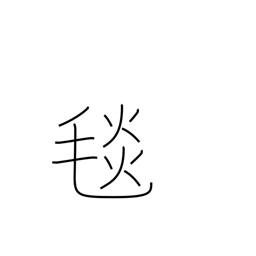
Meaning: wool rug